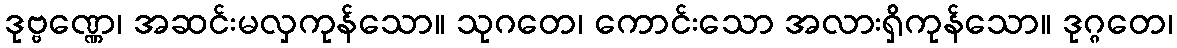
ဒုဗ္ဗဏ္ဏေ၊ အဆင်းမလှကုန်သော။ သုဂတေ၊ ကောင်းသော အလားရှိကုန်သော။ ဒုဂ္ဂတေ၊